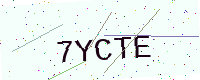
Text: 7YCTE